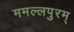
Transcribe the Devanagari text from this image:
ममल्लपुरम्